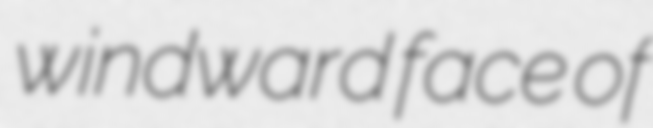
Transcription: windward face of